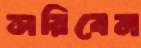
সরিবেন